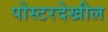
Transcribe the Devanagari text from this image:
पोस्टरदेखील